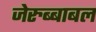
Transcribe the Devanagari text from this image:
जेरुब्बाबल